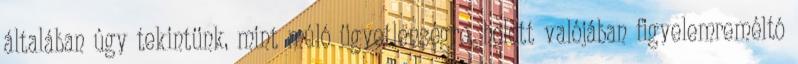
általában úgy tekintünk, mint múló ügyetlenségre, holott valójában figyelemreméltó